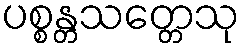
ပစ္စန္တသတ္တေသု